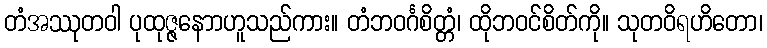
တံအဿုတဝါ ပုထုဇ္ဇနောာဟူသည်ကား။ တံဘဝင်္ဂစိတ္တံ၊ ထိုဘဝင်စိတ်ကို။ သုတဝိရဟိတော၊